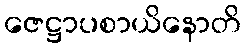
ဇေဋ္ဌာပစာယိနောတိ